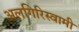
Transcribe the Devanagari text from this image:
अलगिरिस्वामी